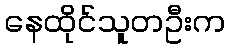
နေထိုင်သူတဦးက